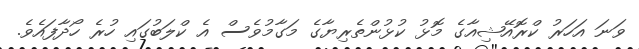
ވަނަ އަހަރު ކްރޮއޭޝިއާގެ މޮޅު ކުޅުންތެރިޔާގެ މަގާމުވެސް އެ ކްލަބުގައި ހުރެ ހޯދާފައެވެ.